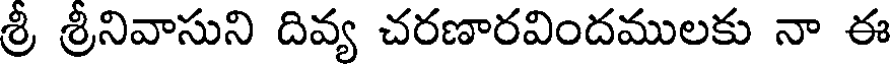
శ్రీ శ్రీనివాసుని దివ్య చరణారవిందములకు నా ఈ